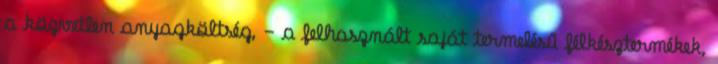
a közvetlen anyagköltség, - a felhasznált saját termelésű félkésztermékek,